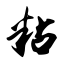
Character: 粘